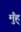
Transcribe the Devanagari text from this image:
मुँह्